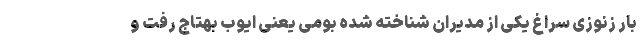
بار زنوزی سراغ یکی از مدیران شناخته شده بومی یعنی ایوب بهتاج رفت و